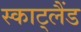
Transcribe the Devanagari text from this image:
स्काट्लैंड